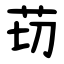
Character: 苆